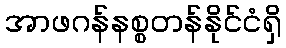
အာဖဂန်နစ္စတန်နိုင်ငံရှိ